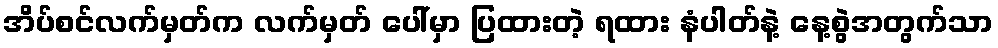
အိပ်စင်လက်မှတ်က လက်မှတ် ပေါ်မှာ ပြထားတဲ့ ရထား နံပါတ်နဲ့ နေ့စွဲအတွက်သာ